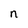
Character: n